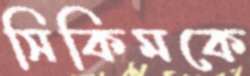
সিকিমকে